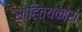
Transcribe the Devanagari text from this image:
साहित्यकोश